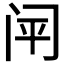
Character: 𰿬